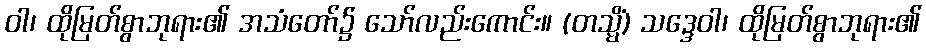
ဝါ၊ ထိုမြတ်စွာဘုရား၏ အသံတော်၌ သော်လည်းကောင်း။ (တသ္မိံ) သဒ္ဒေဝါ၊ ထိုမြတ်စွာဘုရား၏